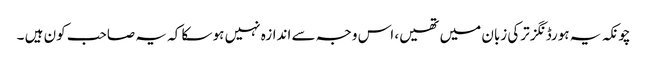
چونکہ یہ ہورڈنگز ترکی زبان میں تھیں، اس وجہ سے اندازہ نہیں ہو سکا کہ یہ صاحب کون ہیں ۔